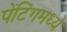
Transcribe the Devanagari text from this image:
पेंटिंगमध्ये